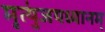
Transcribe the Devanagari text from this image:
मृत्युंजयध्यानम्‌